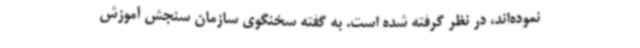
نموده‌اند، در نظر گرفته شده است. به گفته سخنگوی سازمان سنجش آموزش